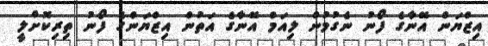
އިޒްޔަން އޭނާގެ ފޯނު ނެގުމުން ލިއަމް އޭނާގެ އަތުން އިޒްޔަންގެ ފޯނު ތިރިކޮށްލީ